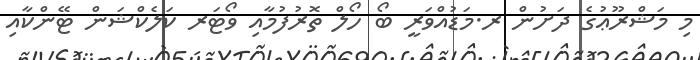
މި މަޝްރޫޢުގެ ދަށުން ރ.މަޑުއްވަރީ ބޯ ހޯލް ތޮރުފުމާއި ވޯޓަރ ކަލެކްޝަން ޓޭންކާއި